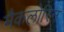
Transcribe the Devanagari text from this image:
मैकलोरिन